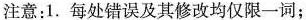
注意:1. 每处错误及其修改均仅限一词;